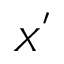
X ^ { ' }